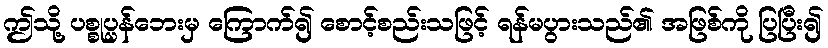
ဤသို့ ပစ္စုပ္ပန်ဘေးမှ ကြောက်၍ စောင့်စည်းသဖြင့် ရန်မပွားသည်၏ အဖြစ်ကို ပြပြီး၍